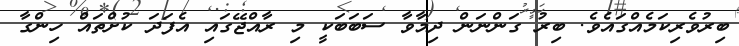
ބިރުވެރިކަމެއްގައެވެ. ބިރު ގަންނަން ދިމާވާ ސަބަބަކީ މި ރާއްޖޭގައި އެފަދަ ކުށްތައް ހިންގާ